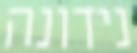
נידונה